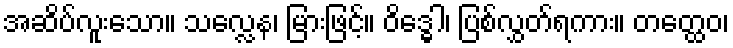
အဆိပ်လူးသော။ သလ္လေန၊ မြားဖြင့်။ ဝိဒ္ဓေါ၊ ပြစ်လွှတ်ရကား။ တတ္ထေဝ၊